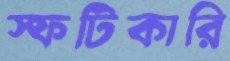
স্ফটিকারি